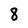
Character: 8